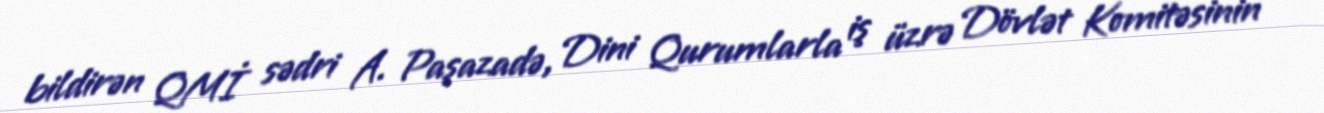
bildirən QMİ sədri A. Paşazadə, Dini Qurumlarla iş üzrə Dövlət Komitəsinin